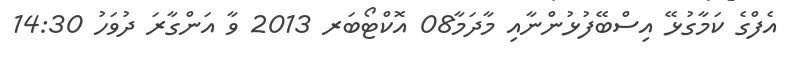
އެފްގެ ކަމާގުޅޭ އިސްބޭފުޅުންނާއި މާދަމާ08 އޮކްޓޯބަރ 2013 ވާ އަންގާރަ ދުވަހު 14:30